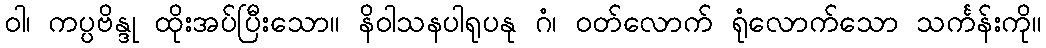
ဝါ၊ ကပ္ပဗိန္ဒု ထိုးအပ်ပြီးသော။ နိဝါသနပါရုပနု ဂံ၊ ဝတ်လောက် ရုံလောက်သော သင်္ကန်းကို။